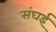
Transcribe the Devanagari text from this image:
संघई